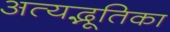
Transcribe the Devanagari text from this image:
अत्यद्भूतिका